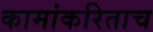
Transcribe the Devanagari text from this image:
कामांकरिताच